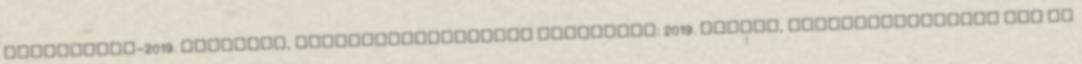
szeptember-2019. november, településtörténeti kiállítás: 2019. tavasz, környezetvédelmi nap az